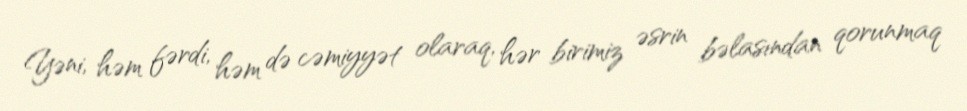
Yəni, həm fərdi, həm də cəmiyyət olaraq, hər birimiz əsrin bəlasından qorunmaq